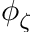
\phi _ { \zeta }